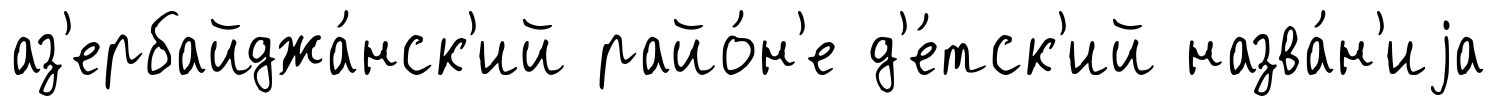
аз'ербайджа́нск'ий райо́н'е д'е́тск'ий назва́н'иjа